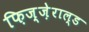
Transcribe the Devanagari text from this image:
फ़िज़्ज़ेराल्ड